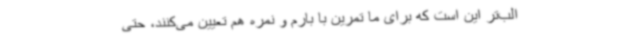
الب‌تر این است که برای ما تمرین با بارم و نمره هم تعیین می‌کنند، حتی